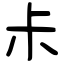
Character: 尗